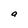
Character: a